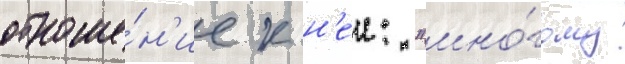
отноше́н'ие к н'еи: "мно́гому